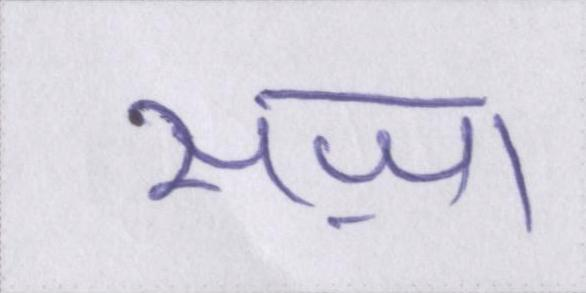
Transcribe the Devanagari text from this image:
सज़ा